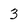
Character: 3